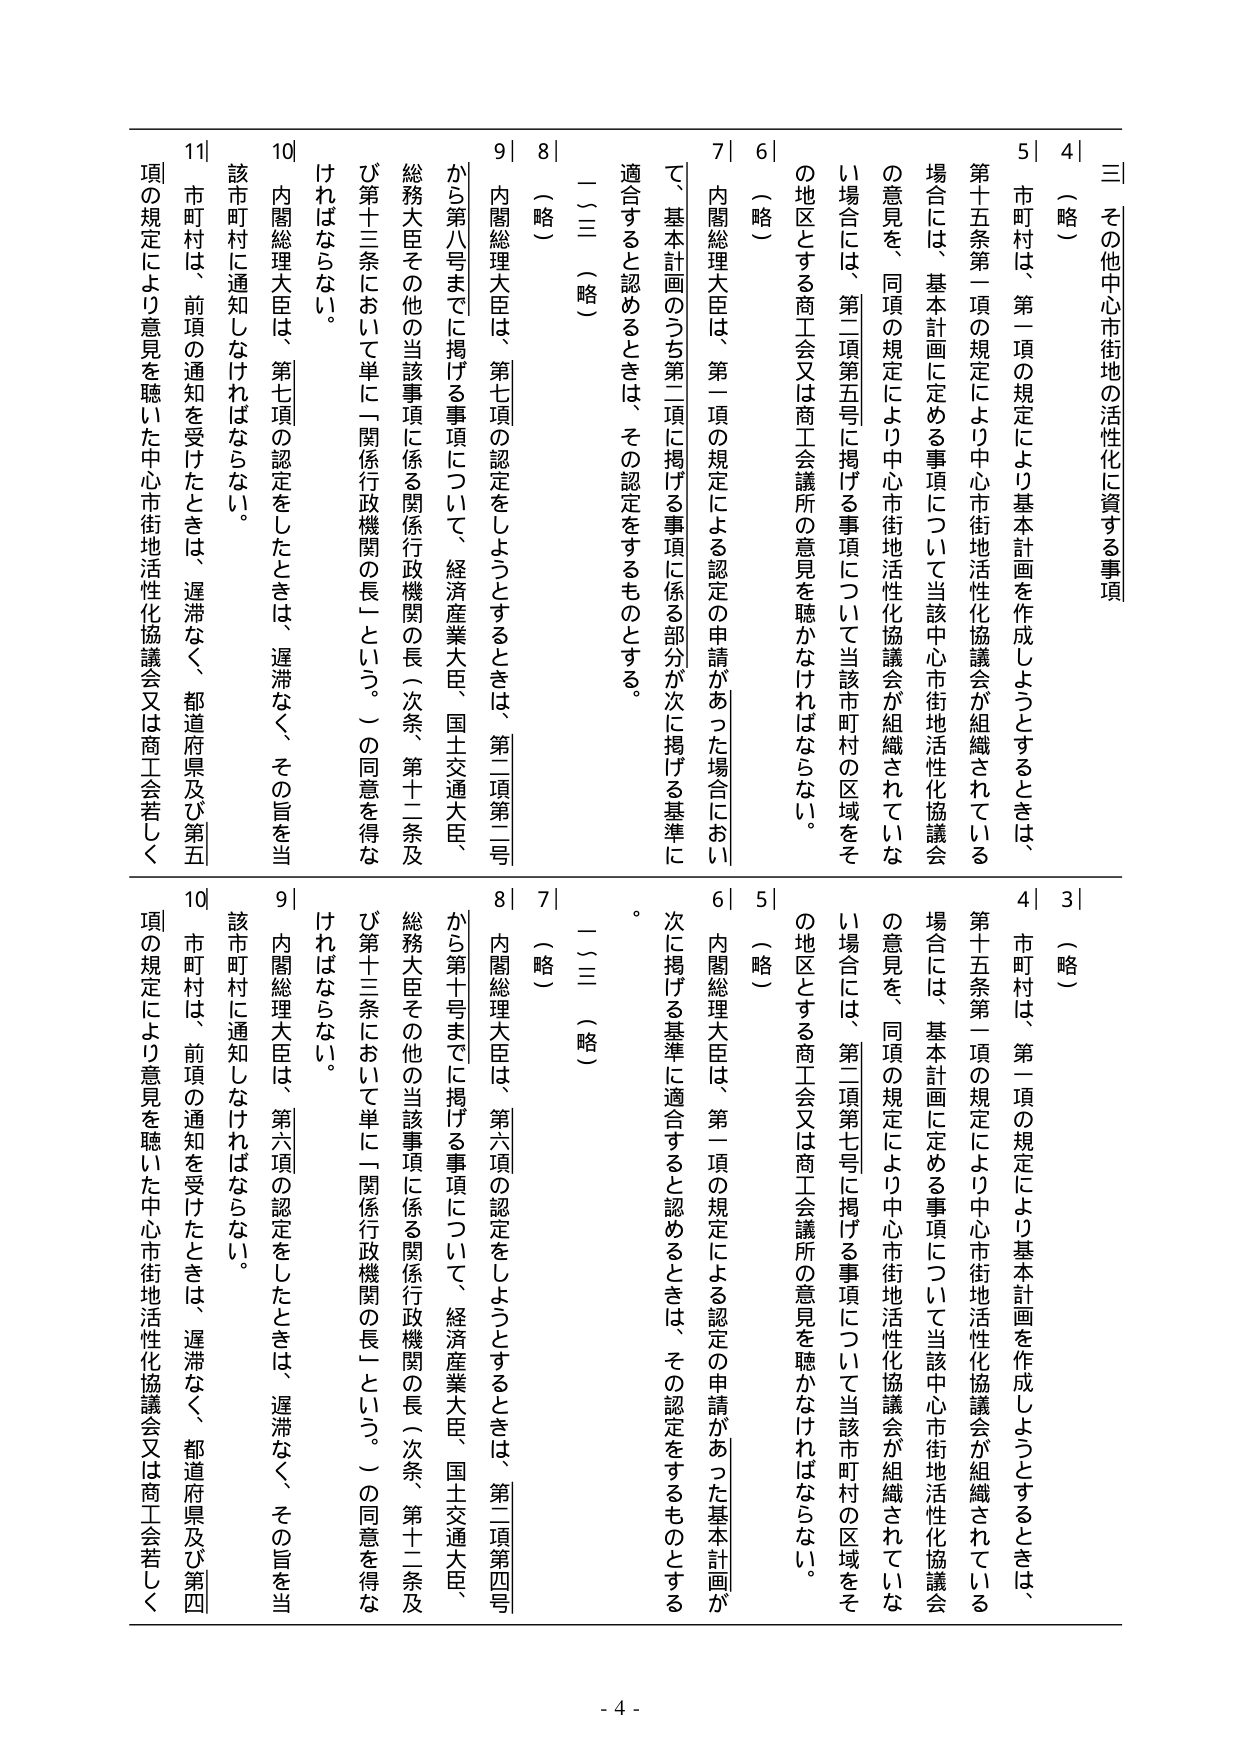
三 その他中心市街地の活性化に資する事項

4 （略）

5 市町村は、第一項の規定により基本計画を作成しようとするときは、
第十五条第一項の規定により中心市街地活性化協議会が組織されている
場合には、基本計画に定める事項について当該中心市街地活性化協議会
の意見を、同項の規定により中心市街地活性化協議会が組織されていな
い場合には、第二項第五号に掲げる事項について当該市町村の区域をそ
の地区とする商工会又は商工会議所の意見を聴かなければならない。

6 （略）

7 内閣総理大臣は、第一項の規定による認定の申請があった場合におい
て、基本計画のうち第二項に掲げる事項に係る部分が次に掲げる基準に
適合すると認めるときは、その認定をするものとする。

（二）（三）（略）

8 （略）

9 内閣総理大臣は、第七項の認定をしようとするときは、第二項第二号
から第八号までに掲げる事項について、経済産業大臣、国土交通大臣、
総務大臣その他の当該事項に係る関係行政機関の長（次条、第十二条及
び第十三条において単に「関係行政機関の長」という。）の同意を得な
ければならない。

10 内閣総理大臣は、第七項の認定をしたときは、遅滞なく、その旨を当
該市町村に通知しなければならない。

11 市町村は、前項の通知を受けたときは、遅滞なく、都道府県及び第五
項の規定により意見を聴いた中心市街地活性化協議会又は商工会若しく

3 （略）

4 市町村は、第一項の規定により基本計画を作成しようとするときは、
第十五条第一項の規定により中心市街地活性化協議会が組織されている
場合には、基本計画に定める事項について当該中心市街地活性化協議会
の意見を、同項の規定により中心市街地活性化協議会が組織されていな
い場合には、第二項第七号に掲げる事項について当該市町村の区域をそ
の地区とする商工会又は商工会議所の意見を聴かなければならない。

5 （略）

6 内閣総理大臣は、第一項の規定による認定の申請があった基本計画が
次に掲げる基準に適合すると認めるときは、その認定をするものとする
。

（二）（三）（略）

7 （略）

8 内閣総理大臣は、第六項の認定をしようとするときは、第二項第四号
から第十号までに掲げる事項について、経済産業大臣、国土交通大臣、
総務大臣その他の当該事項に係る関係行政機関の長（次条、第十二条及
び第十三条において単に「関係行政機関の長」という。）の同意を得な
ければならない。

9 内閣総理大臣は、第六項の認定をしたときは、遅滞なく、その旨を当
該市町村に通知しなければならない。

10 市町村は、前項の通知を受けたときは、遅滞なく、都道府県及び第四
項の規定により意見を聴いた中心市街地活性化協議会又は商工会若しく

- 4 -